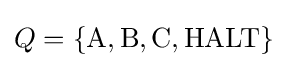
Q=\{{\mbox{A}},{\mbox{B}},{\mbox{C}},{\mbox{HALT}}\}